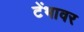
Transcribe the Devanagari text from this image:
टेंभावर